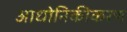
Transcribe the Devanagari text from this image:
आधोनिकीकरण